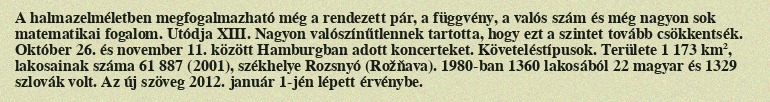
A halmazelméletben megfogalmazható még a rendezett pár, a függvény, a valós szám és még nagyon sok matematikai fogalom. Utódja XIII. Nagyon valószínűtlennek tartotta, hogy ezt a szintet tovább csökkentsék. Október 26. és november 11. között Hamburgban adott koncerteket. Követeléstípusok. Területe 1 173 km², lakosainak száma 61 887 (2001), székhelye Rozsnyó (Rožňava). 1980-ban 1360 lakosából 22 magyar és 1329 szlovák volt. Az új szöveg 2012. január 1-jén lépett érvénybe.